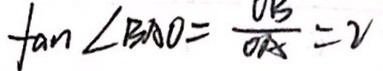
\tan \angle B A O = \frac { O B } { O A } = 2